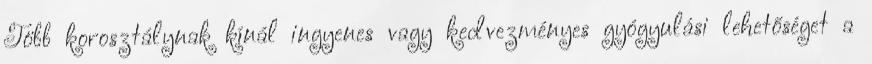
Több korosztálynak kínál ingyenes vagy kedvezményes gyógyulási lehetőséget a